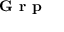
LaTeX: \textbf { G r p }